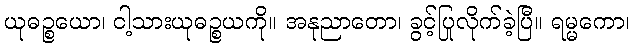
ယုဓဉ္စယော၊ ငါ့သားယုဓဉ္စယကို။ အနုညာတော၊ ခွင့်ပြုလိုက်ခဲ့ပြီ။ ရမ္မကော၊